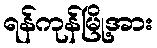
ရန်ကုန်မြို့အား